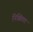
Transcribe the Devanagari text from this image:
निश्चिंतता